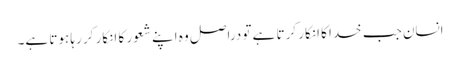
انسان جب خدا کا انکار کرتا ہے تو دراصل وہ اپنے شعور کا انکار کر رہا ہوتا ہے۔